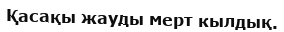
Қасақы жауды мерт кылдық.